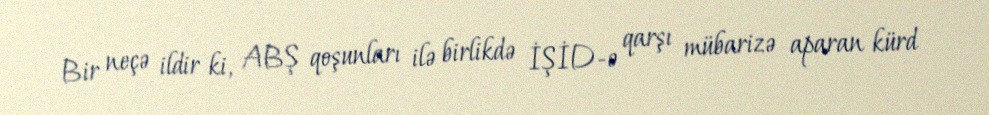
Bir neçə ildir ki, ABŞ qoşunları ilə birlikdə İŞİD-ə qarşı mübarizə aparan kürd